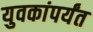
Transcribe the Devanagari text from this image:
युवकांपर्यंत